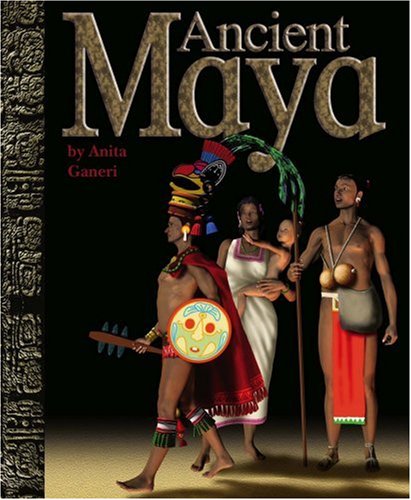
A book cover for Ancient Maya (Ancient Civilizations); Anita Ganeri; History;